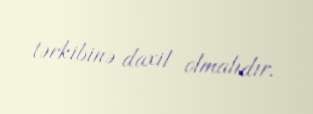
tərkibinə daxil olmalıdır.